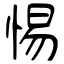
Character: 惕